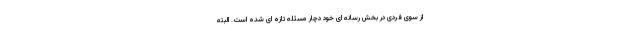
از سوی فردی در بخش رسانه ای خود دچار مسئله تازه ای شده است. البته